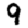
Digit: 9